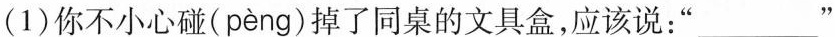
(1)你不小心碰( peng )掉了同桌的文具盒，应该说：”___ “